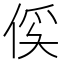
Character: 𫢥